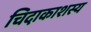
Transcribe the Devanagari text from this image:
चिदाकाशस्य